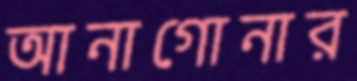
আনাগোনার